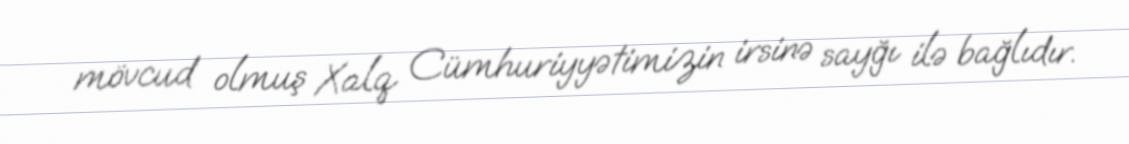
mövcud olmuş Xalq Cümhuriyyətimizin irsinə sayğı ilə bağlıdır.